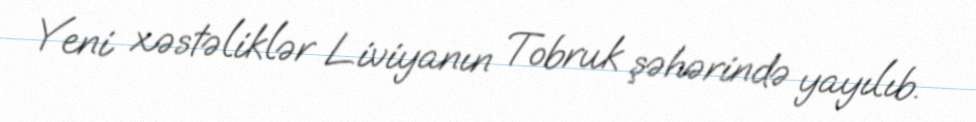
Yeni xəstəliklər Liviyanın Tobruk şəhərində yayılıb.